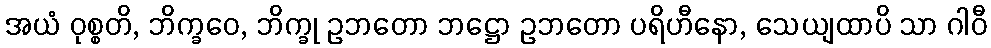
အယံ ဝုစ္စတိ, ဘိက္ခဝေ, ဘိက္ခု ဥဘတော ဘဋ္ဌော ဥဘတော ပရိဟီနော, သေယျထာပိ သာ ဂါဝီ